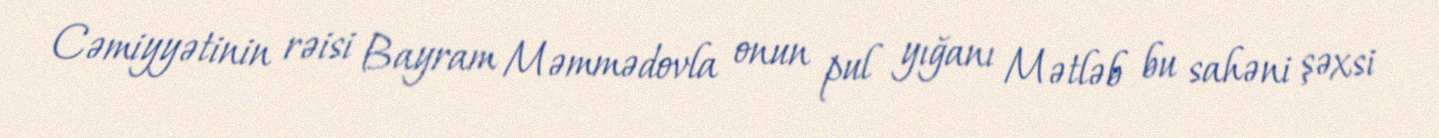
Cəmiyyətinin rəisi Bayram Məmmədovla onun pul yığanı Mətləb bu sahəni şəxsi